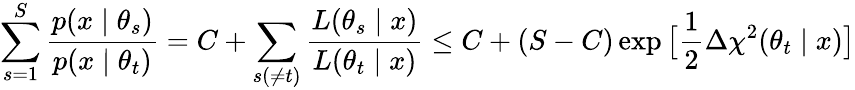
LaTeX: \sum_{s=1}^{S}\frac{p(x\mid\theta_{s})}{p(x\mid\theta_{t})}=C+\sum_{s(\ne t)}\frac{L(\theta_{s}\mid x)}{L(\theta_{t}\mid x)}\le C+(S-C)\exp\big[\frac{1}{2}\Delta\chi^{2}(\theta_{t}\mid x)\big]